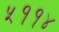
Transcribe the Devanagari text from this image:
५११४